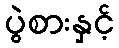
ပွဲစားနှင့်